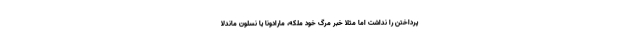
پرداختن را نداشت اما مثلا خبر مرگ خود ملکه، مارادونا یا نسلون ماندلا